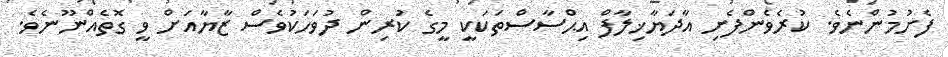
ފެށުމުންނެވެ. ކުރެވެންފެށި އާދަޔާޚިލާފް އިޙްސާސްތަކަކީ މީގެ ކުރިން ދުވަހަކުވެސް ޒާޔާއަށް ވީ ގޮތެއްނޫނެވެ.